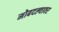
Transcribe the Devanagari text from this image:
मोबदल्यावर